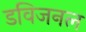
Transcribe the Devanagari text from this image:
डविजनल